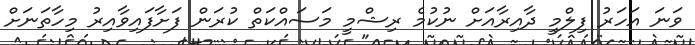
ވަނަ އަހަރު ފިލްމީ ދާއިރާއަށް ނުކުމެ ރިޝްމީ މަސައްކަތް ކުރަން ފަށާފައިވާއިރު މިހާތަނަށް